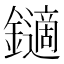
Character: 𨮹